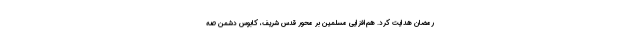
رمضان هدایت کرد. هم‌افزایی مسلمین بر محور قدس شریف، کابوس دشمن صه